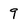
Character: 9